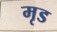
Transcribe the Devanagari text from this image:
मृड